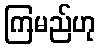
ကြမည်ဟု